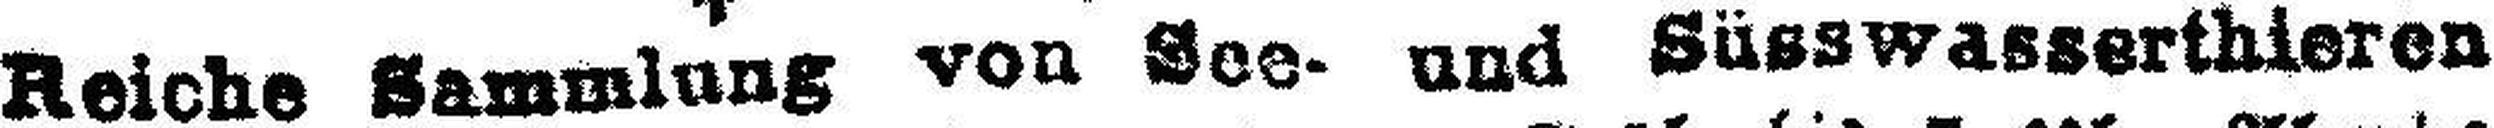
Reiche Sammlung von See- und Süsswasserthieren